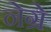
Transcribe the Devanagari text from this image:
नेग्रे